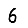
Digit: 6